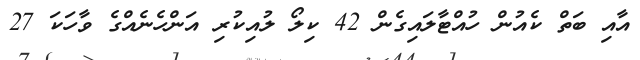
އާއި ބަތް ކެއުން ހުއްޓާލައިގެން 42 ކިލޯ ލުއިކުރި އަންހެނެއްގެ ވާހަކަ 27